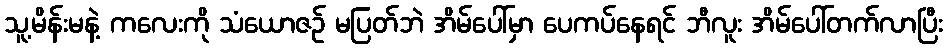
သူ့မိန်းမနဲ့ ကလေးကို သံယောဇဉ် မပြတ်ဘဲ အိမ်ပေါ်မှာ ပေကပ်နေရင် ဘီလူး အိမ်ပေါ်တက်လာပြီး